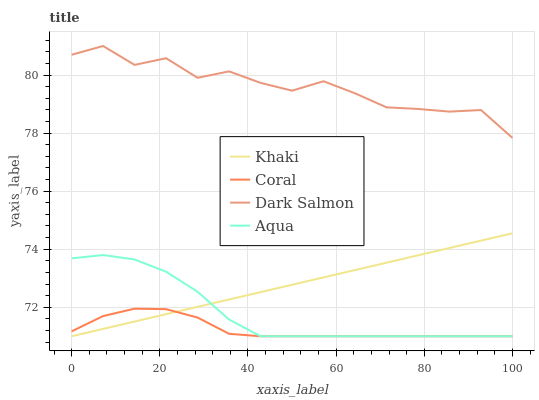
| xaxis_label | Khaki | Coral | Dark Salmon | Aqua |
 | --- | --- | --- | --- | --- |
 | 0 | 71 | 71.2 | 80.7 | 73.7 |
 | 7.14 | 71.3 | 71.7 | 81 | 73.8 |
 | 14.3 | 71.5 | 72 | 80.3 | 73.6 |
 | 21.4 | 71.8 | 71.9 | 80.6 | 73.2 |
 | 28.6 | 72 | 71.6 | 79.9 | 72.5 |
 | 35.7 | 72.3 | 71.1 | 80.1 | 71.6 |
 | 42.9 | 72.5 | 71 | 79.7 | 71 |
 | 50 | 72.8 | 71 | 79.5 | 71 |
 | 57.1 | 73 | 71 | 79.8 | 71 |
 | 64.3 | 73.3 | 71 | 79.4 | 71 |
 | 71.4 | 73.5 | 71 | 78.9 | 71 |
 | 78.6 | 73.8 | 71 | 78.8 | 71 |
 | 85.7 | 74 | 71 | 78.7 | 71 |
 | 92.9 | 74.3 | 71 | 78.8 | 71 |
 | 100 | 74.5 | 71 | 77.8 | 71 |